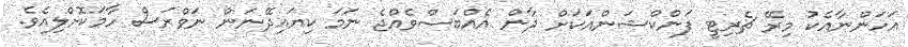
އަހަންނާއެކު މިރޭ ޗެރިޓީ ފަންކްޝަންއަކަށް ދާން އެއްބަސްވެއްޖެ ނަމަ ކިޔައިދޭނަން ނަވްރަސް ހާމަކޮށްލިއެވެ.